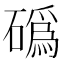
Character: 䃣